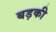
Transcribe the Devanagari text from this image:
बड़की